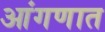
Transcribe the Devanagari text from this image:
आंगणात